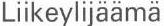
Liikeylijäämä